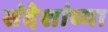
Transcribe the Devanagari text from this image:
संदेशांच्या